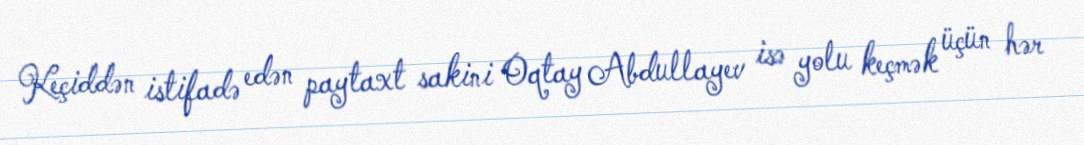
Keçiddən istifadə edən paytaxt sakini Oqtay Abdullayev isə yolu keçmək üçün hər